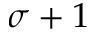
\sigma + 1